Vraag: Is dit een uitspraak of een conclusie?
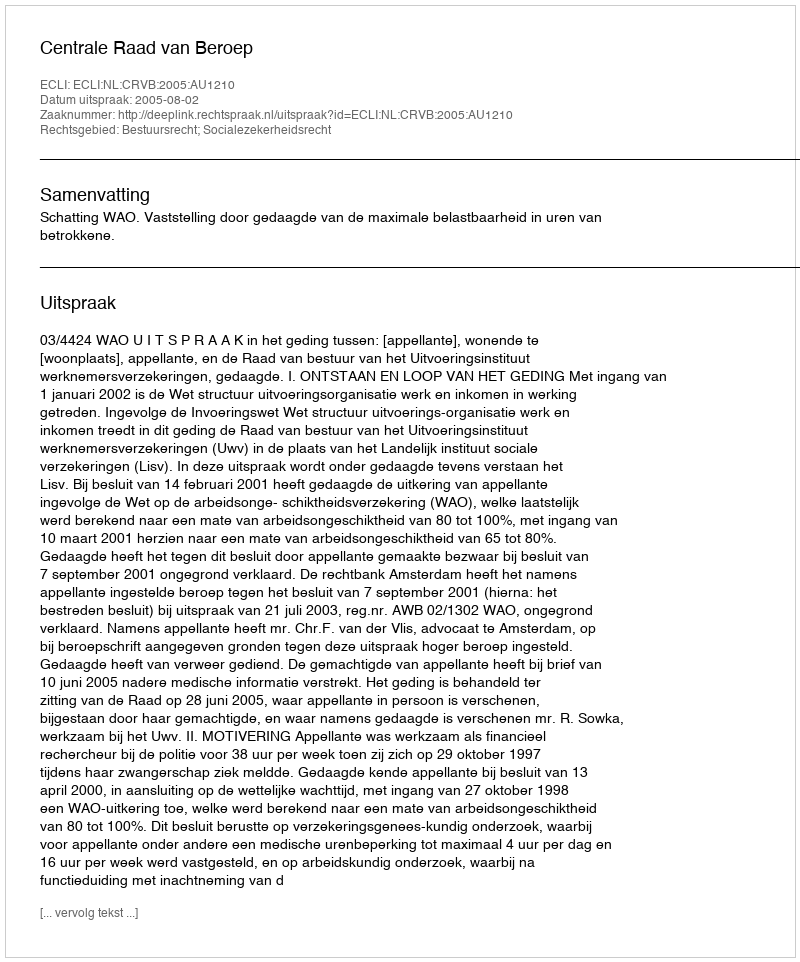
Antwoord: Uitspraak